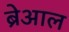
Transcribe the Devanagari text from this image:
ब्रेआल